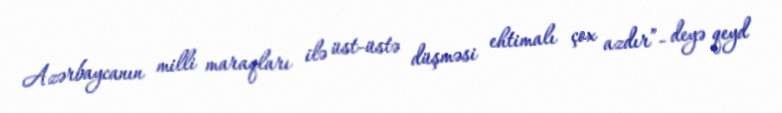
Azərbaycanın milli maraqları ilə üst-üstə düşməsi ehtimalı çox azdır”- deyə qeyd